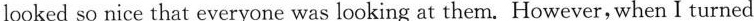
looked so nice that everyone was looking at them. However, when I turned